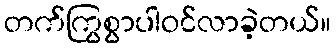
တက်ကြွစွာပါဝင်လာခဲ့တယ်။